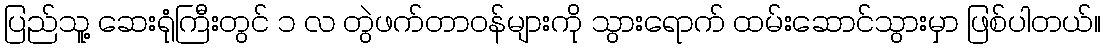
ပြည်သူ့ ဆေးရုံကြီးတွင် ၁ လ တွဲဖက်တာဝန်များကို သွားရောက် ထမ်းဆောင်သွားမှာ ဖြစ်ပါတယ်။